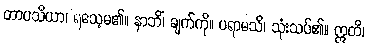
တာပသိယာ၊ ရသေ့မ၏။ နာဘိံ၊ ချက်ကို။ ပရာမသိ၊ သုံးသပ်၏။ ဣတိ၊